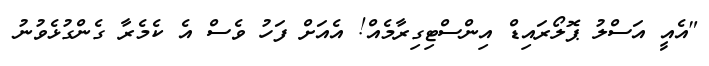
"އެއީ އަސްލު ޕޮލޯރައިޑް އިންސްޓިގިރާމެއް! އެއަށް ފަހު ވެސް އެ ކެމެރާ ގެންގުޅެވުނު